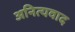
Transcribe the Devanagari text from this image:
अनित्यवाद